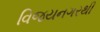
વિજયનગરથી